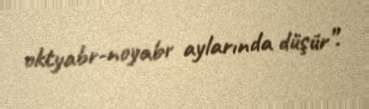
oktyabr-noyabr aylarında düşür”.